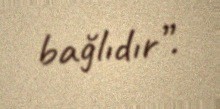
bağlıdır”.